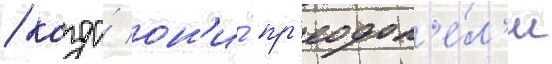
/ когда́ он'и́ пр'еодол'е́л'и